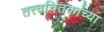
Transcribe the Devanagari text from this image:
तत्त्वचिंतकांच्या